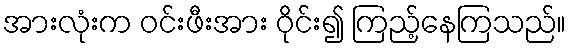
အားလုံးက ဝင်းဖီးအား ဝိုင်း၍ ကြည့်နေကြသည်။